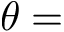
\theta =